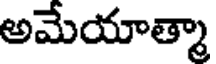
అమేయాత్మా